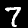
Digit: 7